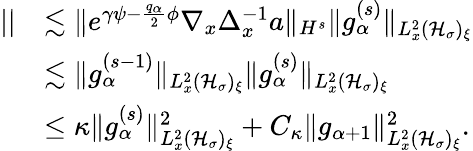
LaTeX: \begin{array}{rl}{||}&{\lesssim\| e^{\gamma\psi-\frac{q_{\alpha}}{2}\phi}\nabla_{x}\Delta_{x}^{-1}a\| _{H^{s}}\| g_{\alpha}^{(s)}\| _{L_{x}^{2}(\mathcal H_{\sigma})_{\xi}}}\\ &{\lesssim\| g_{\alpha}^{(s-1)}\| _{L_{x}^{2}(\mathcal H_{\sigma})_{\xi}}\| g_{\alpha}^{(s)}\| _{L_{x}^{2}(\mathcal H_{\sigma})_{\xi}}}\\ &{\leq\kappa\| g_{\alpha}^{(s)}\| _{L_{x}^{2}(\mathcal H_{\sigma})_{\xi}}^{2}+C_{\kappa}\| g_{\alpha+1}\| _{L_{x}^{2}(\mathcal H_{\sigma})_{\xi}}^{2}.}\end{array}